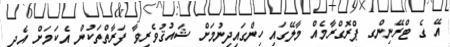
އޭ ގެ ޓްރޭނިންގ ޕްރޮގްރާމެއް މާލޭގައި ހިންގައިދިނުމަށް ޝައުޤުވެރިވާ ފަރާތްތަކުން އެކަމަށް އެދި